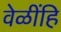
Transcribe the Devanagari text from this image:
वेळींहि